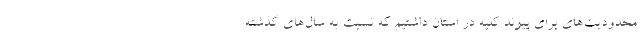
محدودیت‌های برای پیوند کلیه در استان داشتیم که نسبت به سال‌های گذشته